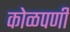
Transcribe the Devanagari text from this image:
कोळपणी